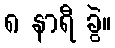
၈ နာရီ ခွဲ။